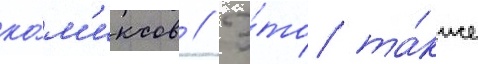
ко́м'иксов // Э́то та́кже